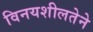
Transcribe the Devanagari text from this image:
विनयशीलतेने